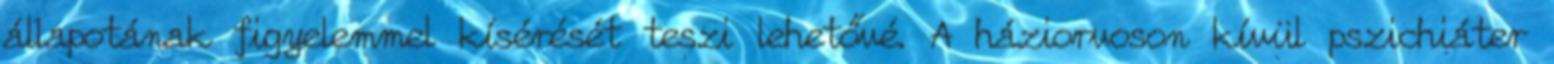
állapotának figyelemmel kísérését teszi lehetővé. A háziorvoson kívül pszichiáter